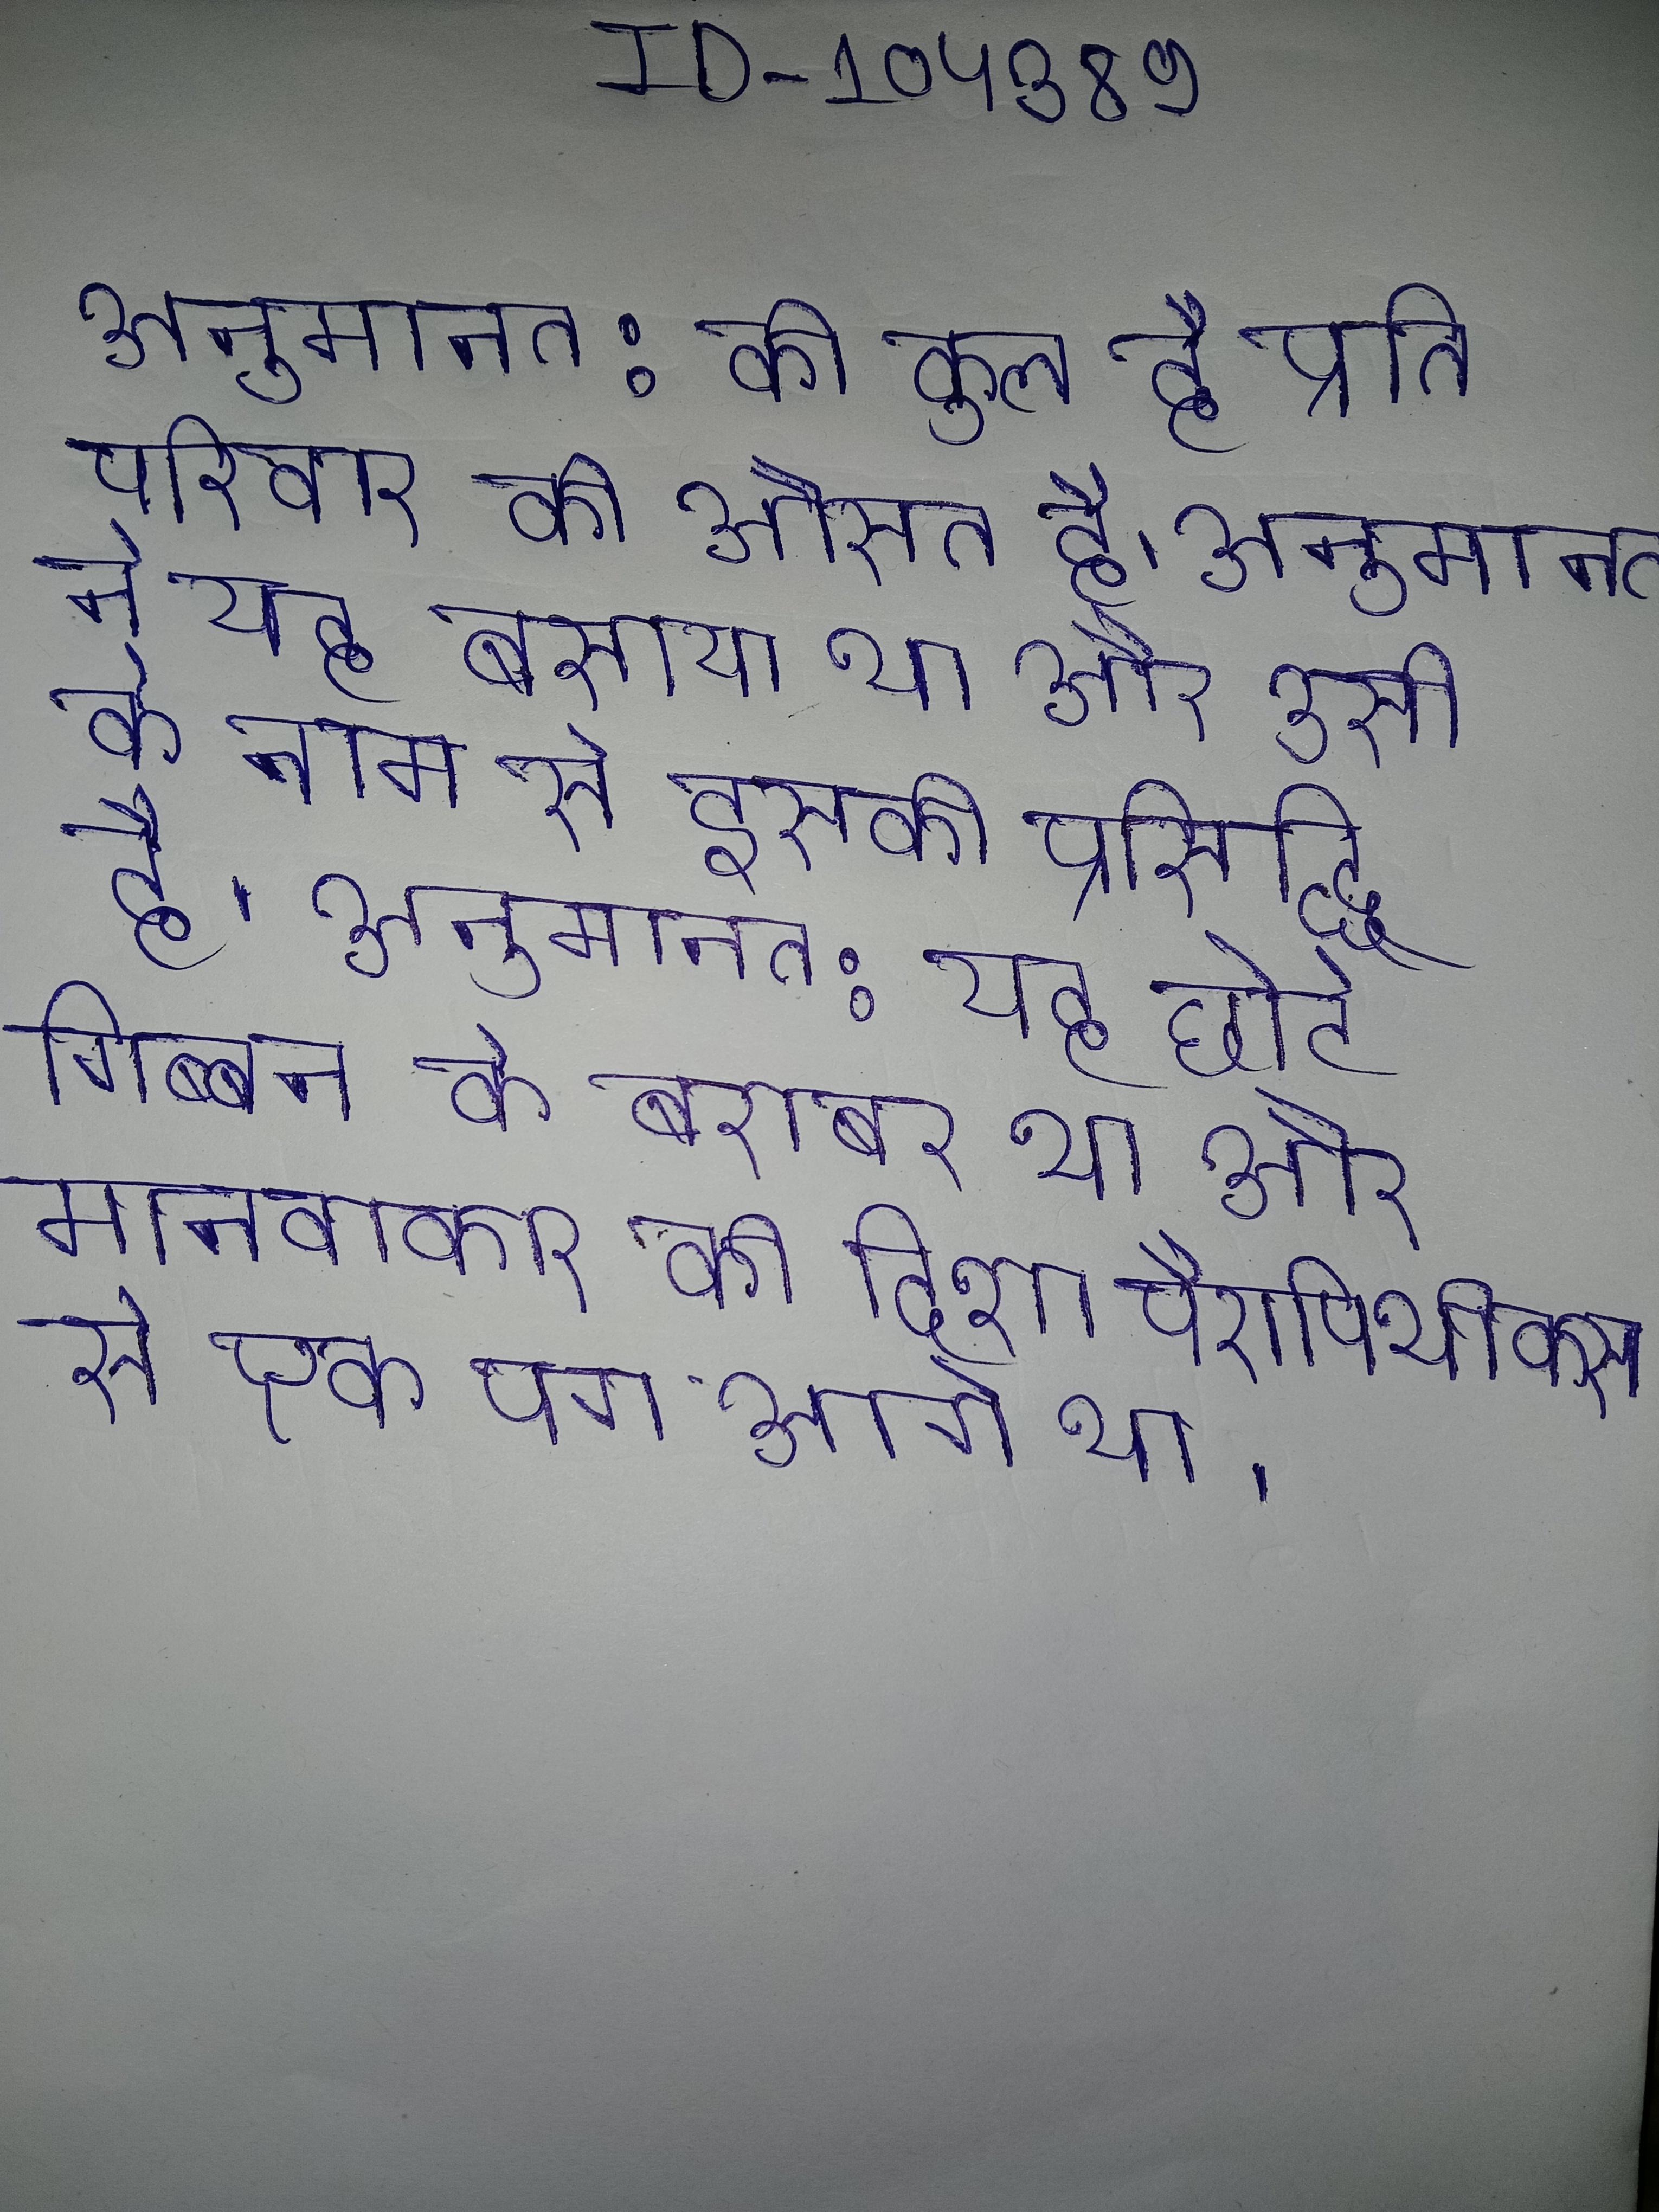
अनुमानत: की कुल है प्रति परिवार की औसत है । अनुमानत: ने यह बसाया था और उसी के नाम से इसकी प्रसिद्धि है । अनुमानत: यह छोटे गिब्बन के बराबर था और मानवाकार की दिशा पैरापिथीकस से एक पग आगे था ।